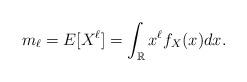
LaTeX: \begin{align*} m_\ell = E[X^\ell] = \int_\mathbb{R}x^\ell f_X(x)dx .\end{align*}